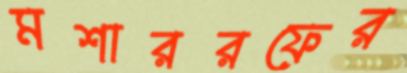
মশাররফের